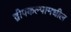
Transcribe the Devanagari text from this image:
द्वीपकल्पामधील